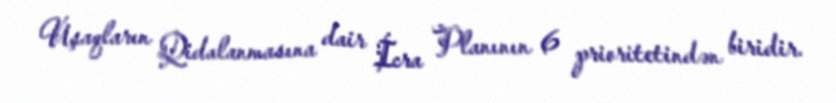
Uşaqların Qidalanmasına dair İcra Planının 6 prioritetindən biridir.